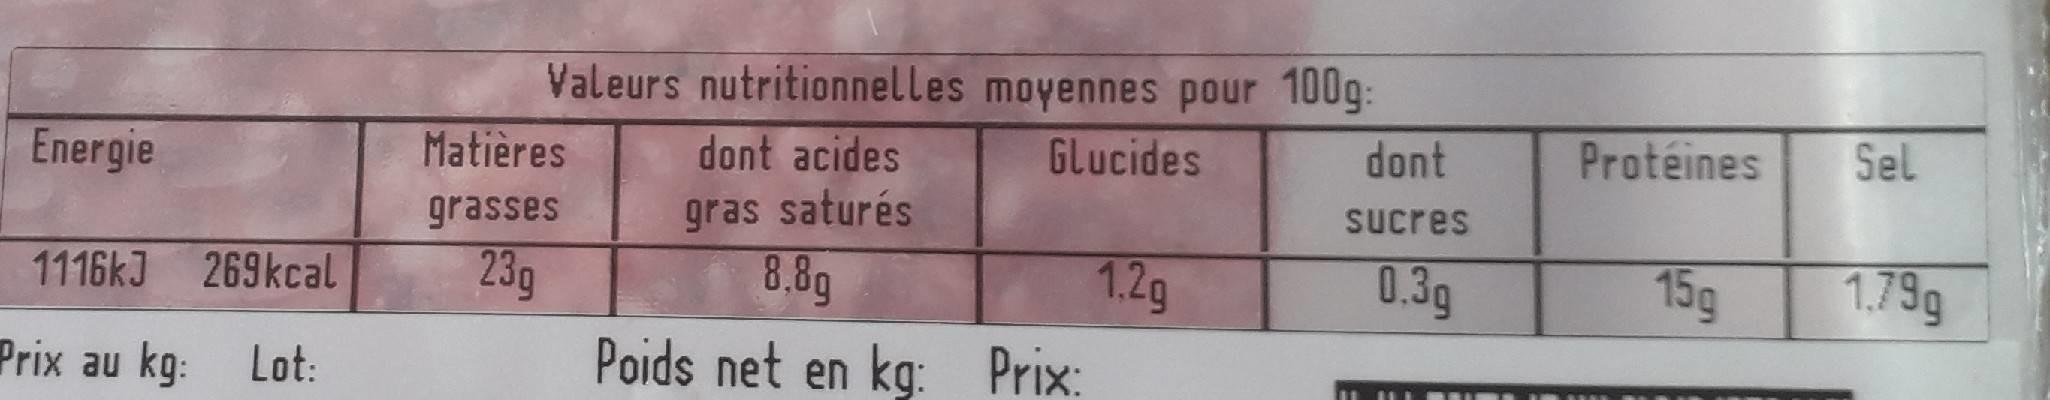
Valeurs nutritionnelles moyennes pour 100g:
Energie
Matières
dont acides
Glucides
dont
Protéines
Sel
grasses
gras saturés
Sucres
1116kJ 269kcal
23g
8,8g
1.2g Poids net en kg: Prix:
0.3g
15g
1.79g
Prix au kg: Lot:
%24